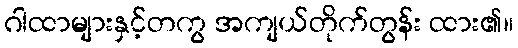
ဂါထာများနှင့်တကွ အကျယ်တိုက်တွန်း ထား၏။